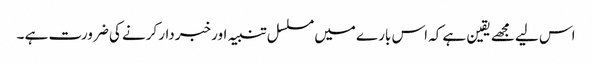
اس لیے مجھے یقین ہے کہ اس بارے میں مسلسل تنبیہ اور خبردار کرنے کی ضرورت ہے ۔